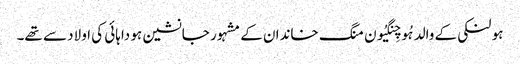
ہو لنکی کے والد ہُو چِنگیُون منگ خاندان کے مشہور جانشین ہو داہائی کی اولاد سے تھے۔